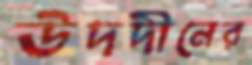
উদদীনের